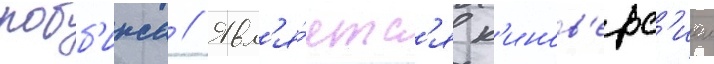
робб'инса // Явл'я́етс'я к'инов'ерс'иеи